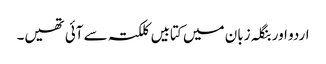
اردو اور بنگلہ زبان میں کتابیں کلکتہ سے آئی تھیں۔